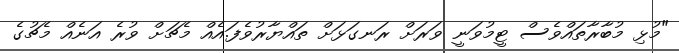
"މުޅި މުބާރާތައްވެސް ޓީމުވަނީ ވަރަށް ރަނގަޅަށް ތައްޔާރުވެފަ.އެއް މެޗަށް ވުރެ އަނެއް މެޗުގެ